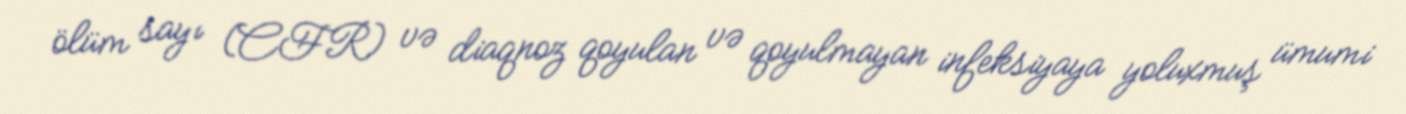
ölüm sayı (CFR) və diaqnoz qoyulan və qoyulmayan infeksiyaya yoluxmuş ümumi